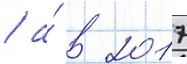
/ а́ в 2017